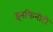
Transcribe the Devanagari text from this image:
इनफिनीटी